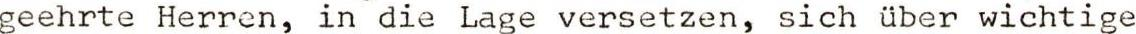
geehrte Herren, in die Lage versetzen, sich über wichtige